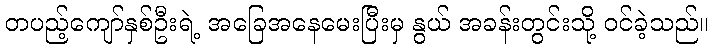
တပည့်ကျော်နှစ်ဦးရဲ့ အခြေအနေမေးပြီးမှ နွယ် အခန်းတွင်းသို့ ဝင်ခဲ့သည်။